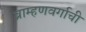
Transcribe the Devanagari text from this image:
ब्राम्हणवर्गाची